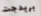
بريدجت